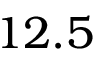
1 2 . 5